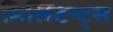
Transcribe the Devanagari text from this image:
मिलिटन्ट्स